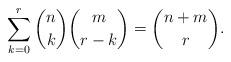
LaTeX: \begin{align*}\sum_{k=0}^{r}\binom{n}{k}\binom{m}{r-k}=\binom{n+m}{r}.\end{align*}